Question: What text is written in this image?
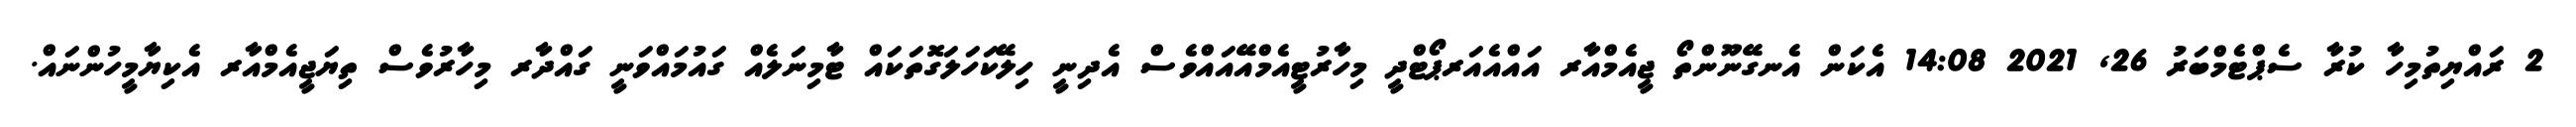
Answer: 2 ރައްޔިތުމިހާ ކުރާ ސެޕްޓެމްބަރު 26, 2021 14:08 އެކަން އެނގޭނޫންތޯ ޖީއެމްއާރ އައްއެއަރޕޯޓްދީ މިހާރުޓީއެމްއޭއައްވެސް އެދިނީ ހިލޭކަހަލަގޮތަކައް ޓާމިނަލެއް ގައުމައްވަނީ ގައްދާރ މިހާރުވެސް ތިޔަޖީއެމްއާރ އެކިޔާމީހުންނައް.